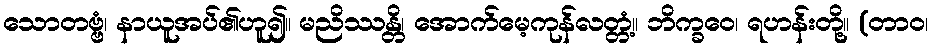
သောတဗ္ဗံ၊ နာယူအပ်၏ဟူ၍။ မညိဿန္တိ၊ အောက်မေ့ကုန်လတ္တံ့။ ဘိက္ခဝေ၊ ရဟန်းတို့။ (တာဝ၊